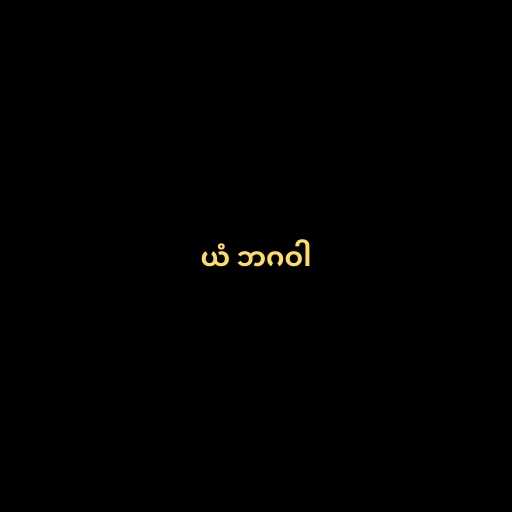
ယံ ဘဂဝါ